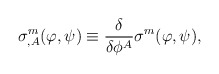
\begin{align*}\sigma^m_{,A}(\varphi,\psi)\equiv\frac{\delta}{\delta\phi^{A}} \sigma^m(\varphi,\psi),\end{align*}